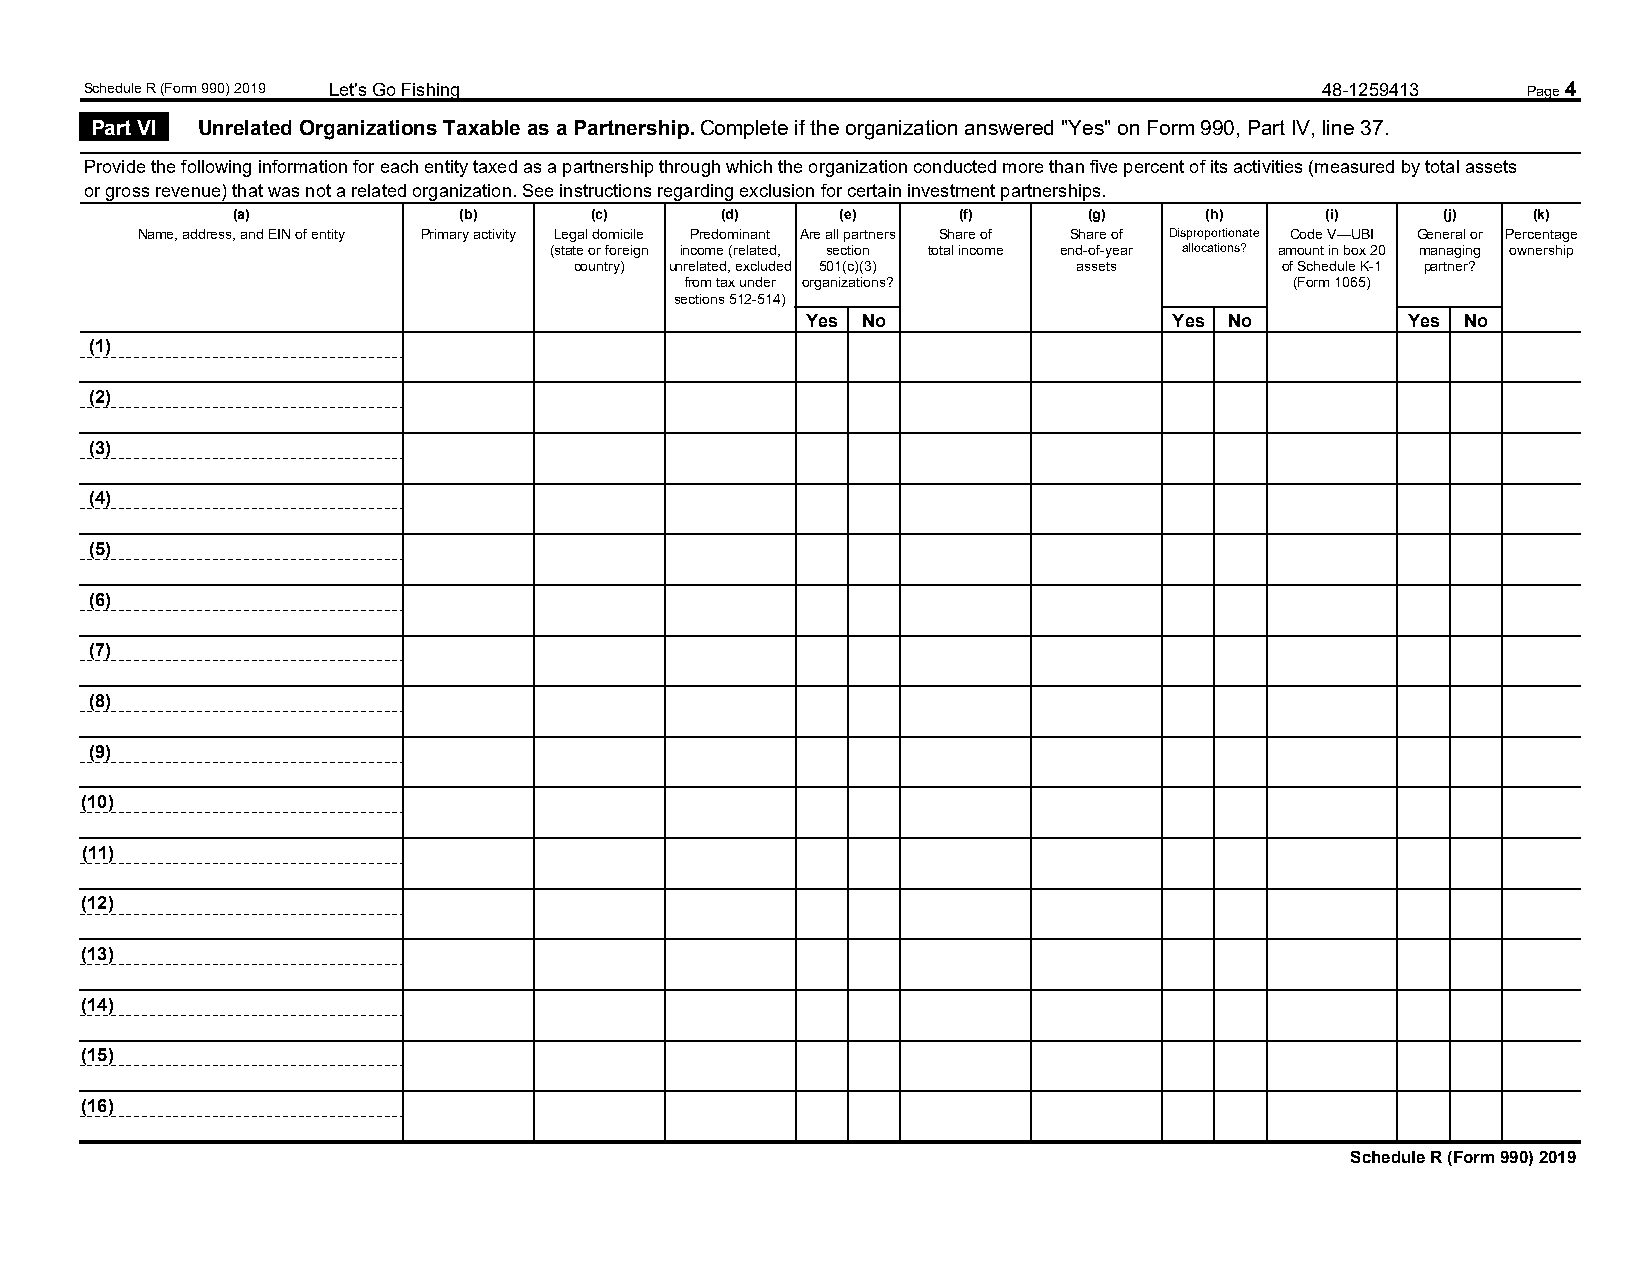
Schedule R (Form 990) 2019 Let's Go Fishing                                      48-1259413    Page 4
 Part VI Unrelated Organizations Taxable as a Partnership. Complete if the organization answered "Yes" on Form 990, Part IV, line 37.
 Provide the following information for each entity taxed as a partnership through which the organization conducted more than five percent of its activities (measured by total assets
 or gross revenue) that was not a related organization. See instructions regarding exclusion for certain investment partnerships.
 (a)            (b)      (c)      (d)     (e)    (f)      (g)     (h)     (i)    (j)   (k)
 Name, address, and EIN of entity Primary activity Legal domicile Predominant Are all partners Share of Share of Disproportionate Code V—UBI General or Percentage
 (state or foreign income (related, section total income end-of-year allocations? amount in box 20 managing ownership
 country) unrelated, excluded 501(c)(3) assets  of Schedule K-1 partner?
 from tax under organizations?            (Form 1065)
 sections 512-514)
 Yes No                   Yes No         Yes No
 (1)
 (2)
 (3)
 (4)
 (5)
 (6)
 (7)
 (8)
 (9)
 (10)
 (11)
 (12)
 (13)
 (14)
 (15)
 (16)
 Schedule R (Form 990) 2019